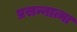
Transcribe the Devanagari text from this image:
प्रसन्नात्मा